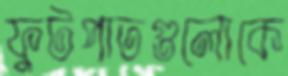
ফুটপাতগুলোকে